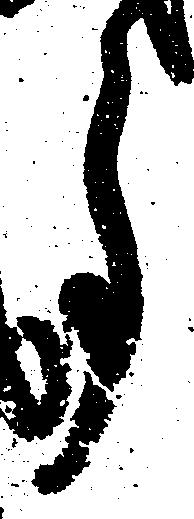
事